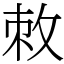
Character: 敇